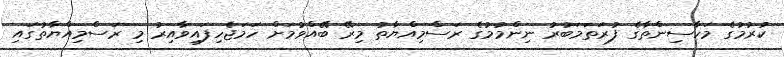
ކުރުމުގެ މަހާސިންތާގެ ފުރަތަމަބުރު ނިންމުމުގެ ރަސްމިއްޔާތު މިރޭ ބޭއްވުމަށް ހަމަޖެހިފައިވާއިރު މި ރަސްމިއްޔާތުގައި